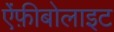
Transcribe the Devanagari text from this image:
ऐंफ़ीबोलाइट